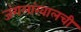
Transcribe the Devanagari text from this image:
जंगलांखालची